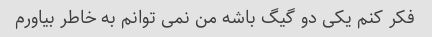
فکر کنم یکی دو گیگ باشه من نمی توانم به خاطر بیاورم